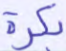
بكرة